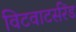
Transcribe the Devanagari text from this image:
विटवाटर्सरेंड